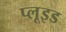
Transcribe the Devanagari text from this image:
प्लूइड